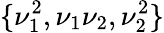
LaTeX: \{ \nu_{1}^{2},\nu_{1}\nu_{2},\nu_{2}^{2}\}